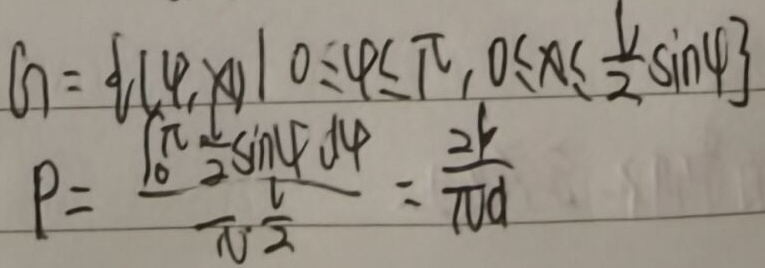
\[
\begin{align*}
G&=\{(\varphi,x)\mid 0\leqslant\varphi\leqslant\pi,0\leqslant x\leqslant\frac{l}{2}\sin\varphi\}\\
P&=\frac{\int_{0}^{\pi}\frac{l}{2}\sin\varphi\ d\varphi}{\pi\frac{l}{2}}=\frac{2l}{\pi l}
\end{align*}
\]